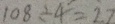
1 0 8 \div 4 = 2 7